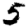
Digit: 5